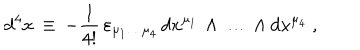
\mathrm { d } ^ { 4 } x \, \equiv \, - { \frac { 1 } { 4 ! } } \, \varepsilon _ { \mu _ { 1 } \dots \mu _ { 4 } } \, d x ^ { \mu _ { 1 } } \, \wedge \, \dots \, \wedge d x ^ { \mu _ { 4 } } \ ,